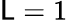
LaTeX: \mathsf{L}=1